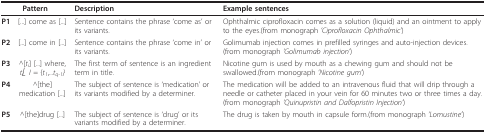
<table><thead><tr><td colspan="2"><b>Pattern</b></td><td><b>Description</b></td><td><b>Example sentences</b></td></tr></thead><tbody><tr><td><b>P1</b></td><td>[...] come as [...]</td><td>Sentence contains the phrase &#x27;come as&#x27; or its variants.</td><td>Ophthalmic ciprofloxacin comes as a solution (liquid) and an ointment to apply to the eyes.(from monograph <i>&#x27;Ciprofloxacin Ophthalmic&#x27;</i>)</td></tr><tr><td><b>P2</b></td><td>[...] come in [...]</td><td>Sentence contains the phrase &#x27;come in&#x27; or its variants.</td><td>Golimumab injection comes in prefilled syringes and auto-injection devices.(from monograph <i>&#x27;Golimumab injection&#x27;</i>)</td></tr><tr><td><b>P3</b></td><td>^[<i>t<sub>i</sub></i>] [...] where, <i>t<sub>i</sub>∈ I </i>= {<i>t<sub>1</sub></i>,...<i>t<sub>q</sub></i><sub>-</sub><i><sub>1</sub>}</i></td><td>The first term of sentence is an ingredient term in title.</td><td>Nicotine gum is used by mouth as a chewing gum and should not be swallowed.(from monograph <i>&#x27;Nicotine gum&#x27;</i>)</td></tr><tr><td><b>P4</b></td><td>^[the]medication [...]</td><td>The subject of sentence is &#x27;medication&#x27; or its variants modified by a determiner.</td><td>The medication will be added to an intravenous fluid that will drip through a needle or catheter placed in your vein for 60 minutes two or three times a day.(from monograph <i>&#x27;Quinupristin and Dalfopristin Injection&#x27;</i>)</td></tr><tr><td><b>P5</b></td><td>^[the]drug [...]</td><td>The subject of sentence is &#x27;drug&#x27; or its variants modified by a determiner.</td><td>The drug is taken by mouth in capsule form.(from monograph <i>&#x27;Lomustine&#x27;</i>)</td></tr></tbody></table>